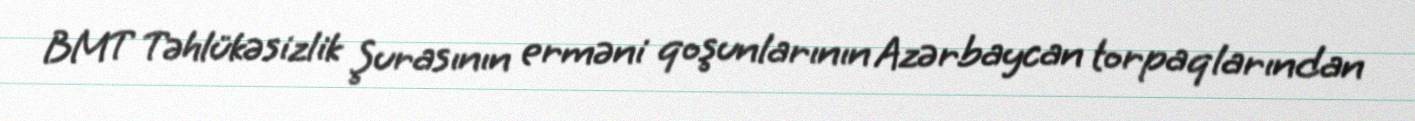
BMT Təhlükəsizlik Şurasının erməni qoşunlarının Azərbaycan torpaqlarından